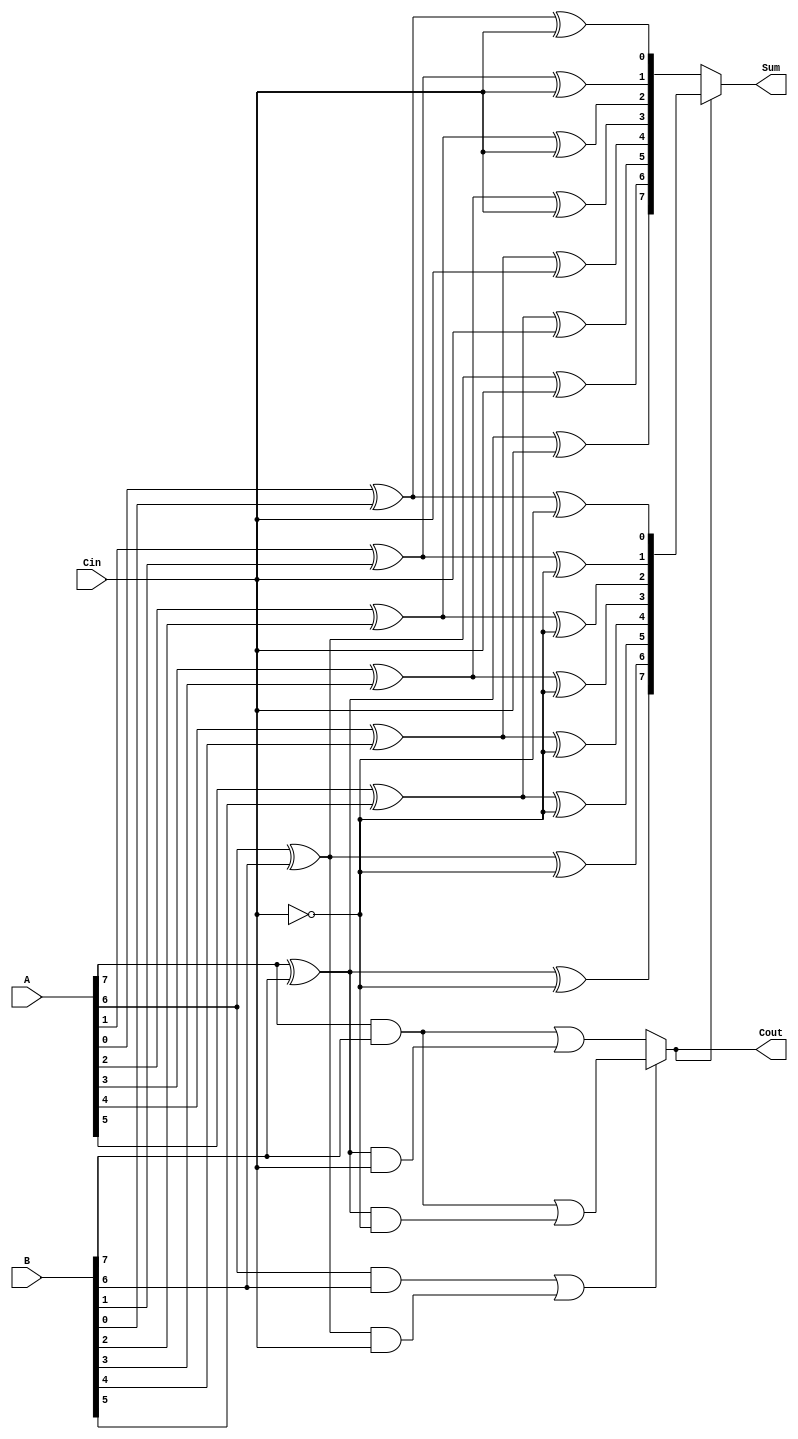
module conditional_sum_adder #(parameter WIDTH = 8) (
    input [WIDTH-1:0] A,        // First operand
    input [WIDTH-1:0] B,        // Second operand
    input          Cin,          // Carry-in
    output [WIDTH-1:0] Sum,      // Sum output
    output         Cout          // Carry-out
);

    wire [WIDTH-1:0] S0;        // Sum when carry-in is 0
    wire [WIDTH-1:0] S1;        // Sum when carry-in is 1
    wire [WIDTH-1:0] Cout0;     // Carry-out when carry-in is 0
    wire [WIDTH-1:0] Cout1;     // Carry-out when carry-in is 1
    wire [WIDTH-1:0] C_select;  // Selected carry-out for each bit slice

    // Generate sum and carry outputs for each bit position
    genvar i;
    generate
        for (i = 0; i < WIDTH; i = i + 1) begin : bit_slice
            // Calculate preliminary sums
            assign S0[i] = A[i] ^ B[i] ^ Cin;                       // Sum if carry-in is 0
            assign S1[i] = A[i] ^ B[i] ^ ~Cin;                      // Sum if carry-in is 1

            // Calculate carry outputs
            assign Cout0[i] = (A[i] & B[i]) | ((A[i] ^ B[i]) & Cin);            // Carry-out if carry-in is 0
            assign Cout1[i] = (A[i] & B[i]) | ((A[i] ^ B[i]) & ~Cin);          // Carry-out if carry-in is 1
        end
    endgenerate

    // Propagate carry outputs to determine the selectivity of carry
    assign C_select[0] = Cin; // Initial carry input is the first selection
    generate
        for (i = 1; i < WIDTH; i = i + 1) begin : carry_selection
            assign C_select[i] = Cout0[i-1] ? Cout1[i] : Cout0[i]; // Select carry based on previous carry state
        end
    endgenerate

    // Final sum output based on selected carry
    assign Sum = C_select[WIDTH-1] ? S1 : S0;  // Select final sum based on the last carry out
    assign Cout = C_select[WIDTH-1];            // Final carry out is the last selected carry-out

endmodule